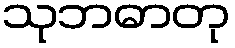
သုဘဓာတု